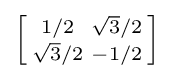
\left[{\begin{smallmatrix}1/2&{\sqrt {3}}/2\\{\sqrt {3}}/2&-1/2\\\end{smallmatrix}}\right]